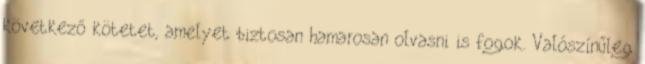
következő kötetet, amelyet biztosan hamarosan olvasni is fogok. Valószínűleg